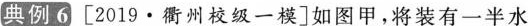
典例6 [2019\cdo衢州校级一模]如图甲，将装有一半水